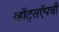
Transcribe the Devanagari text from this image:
व्हॉट्सऍपची